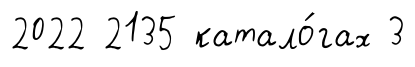
2022 2135 катало́гах 3